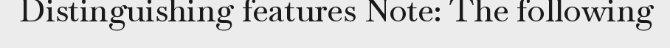
Distinguishing features Note: The following